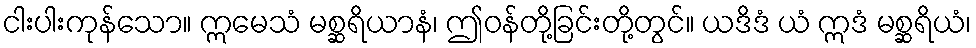
ငါးပါးကုန်သော။ ဣမေသံ မစ္ဆရိယာနံ၊ ဤဝန်တို့ခြင်းတို့တွင်။ ယဒိဒံ ယံ ဣဒံ မစ္ဆရိယံ၊